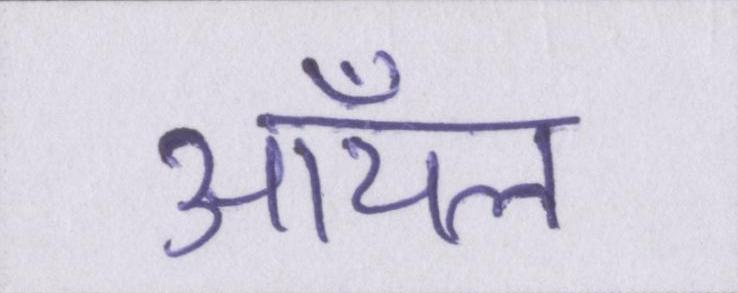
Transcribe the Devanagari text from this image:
ऑयल